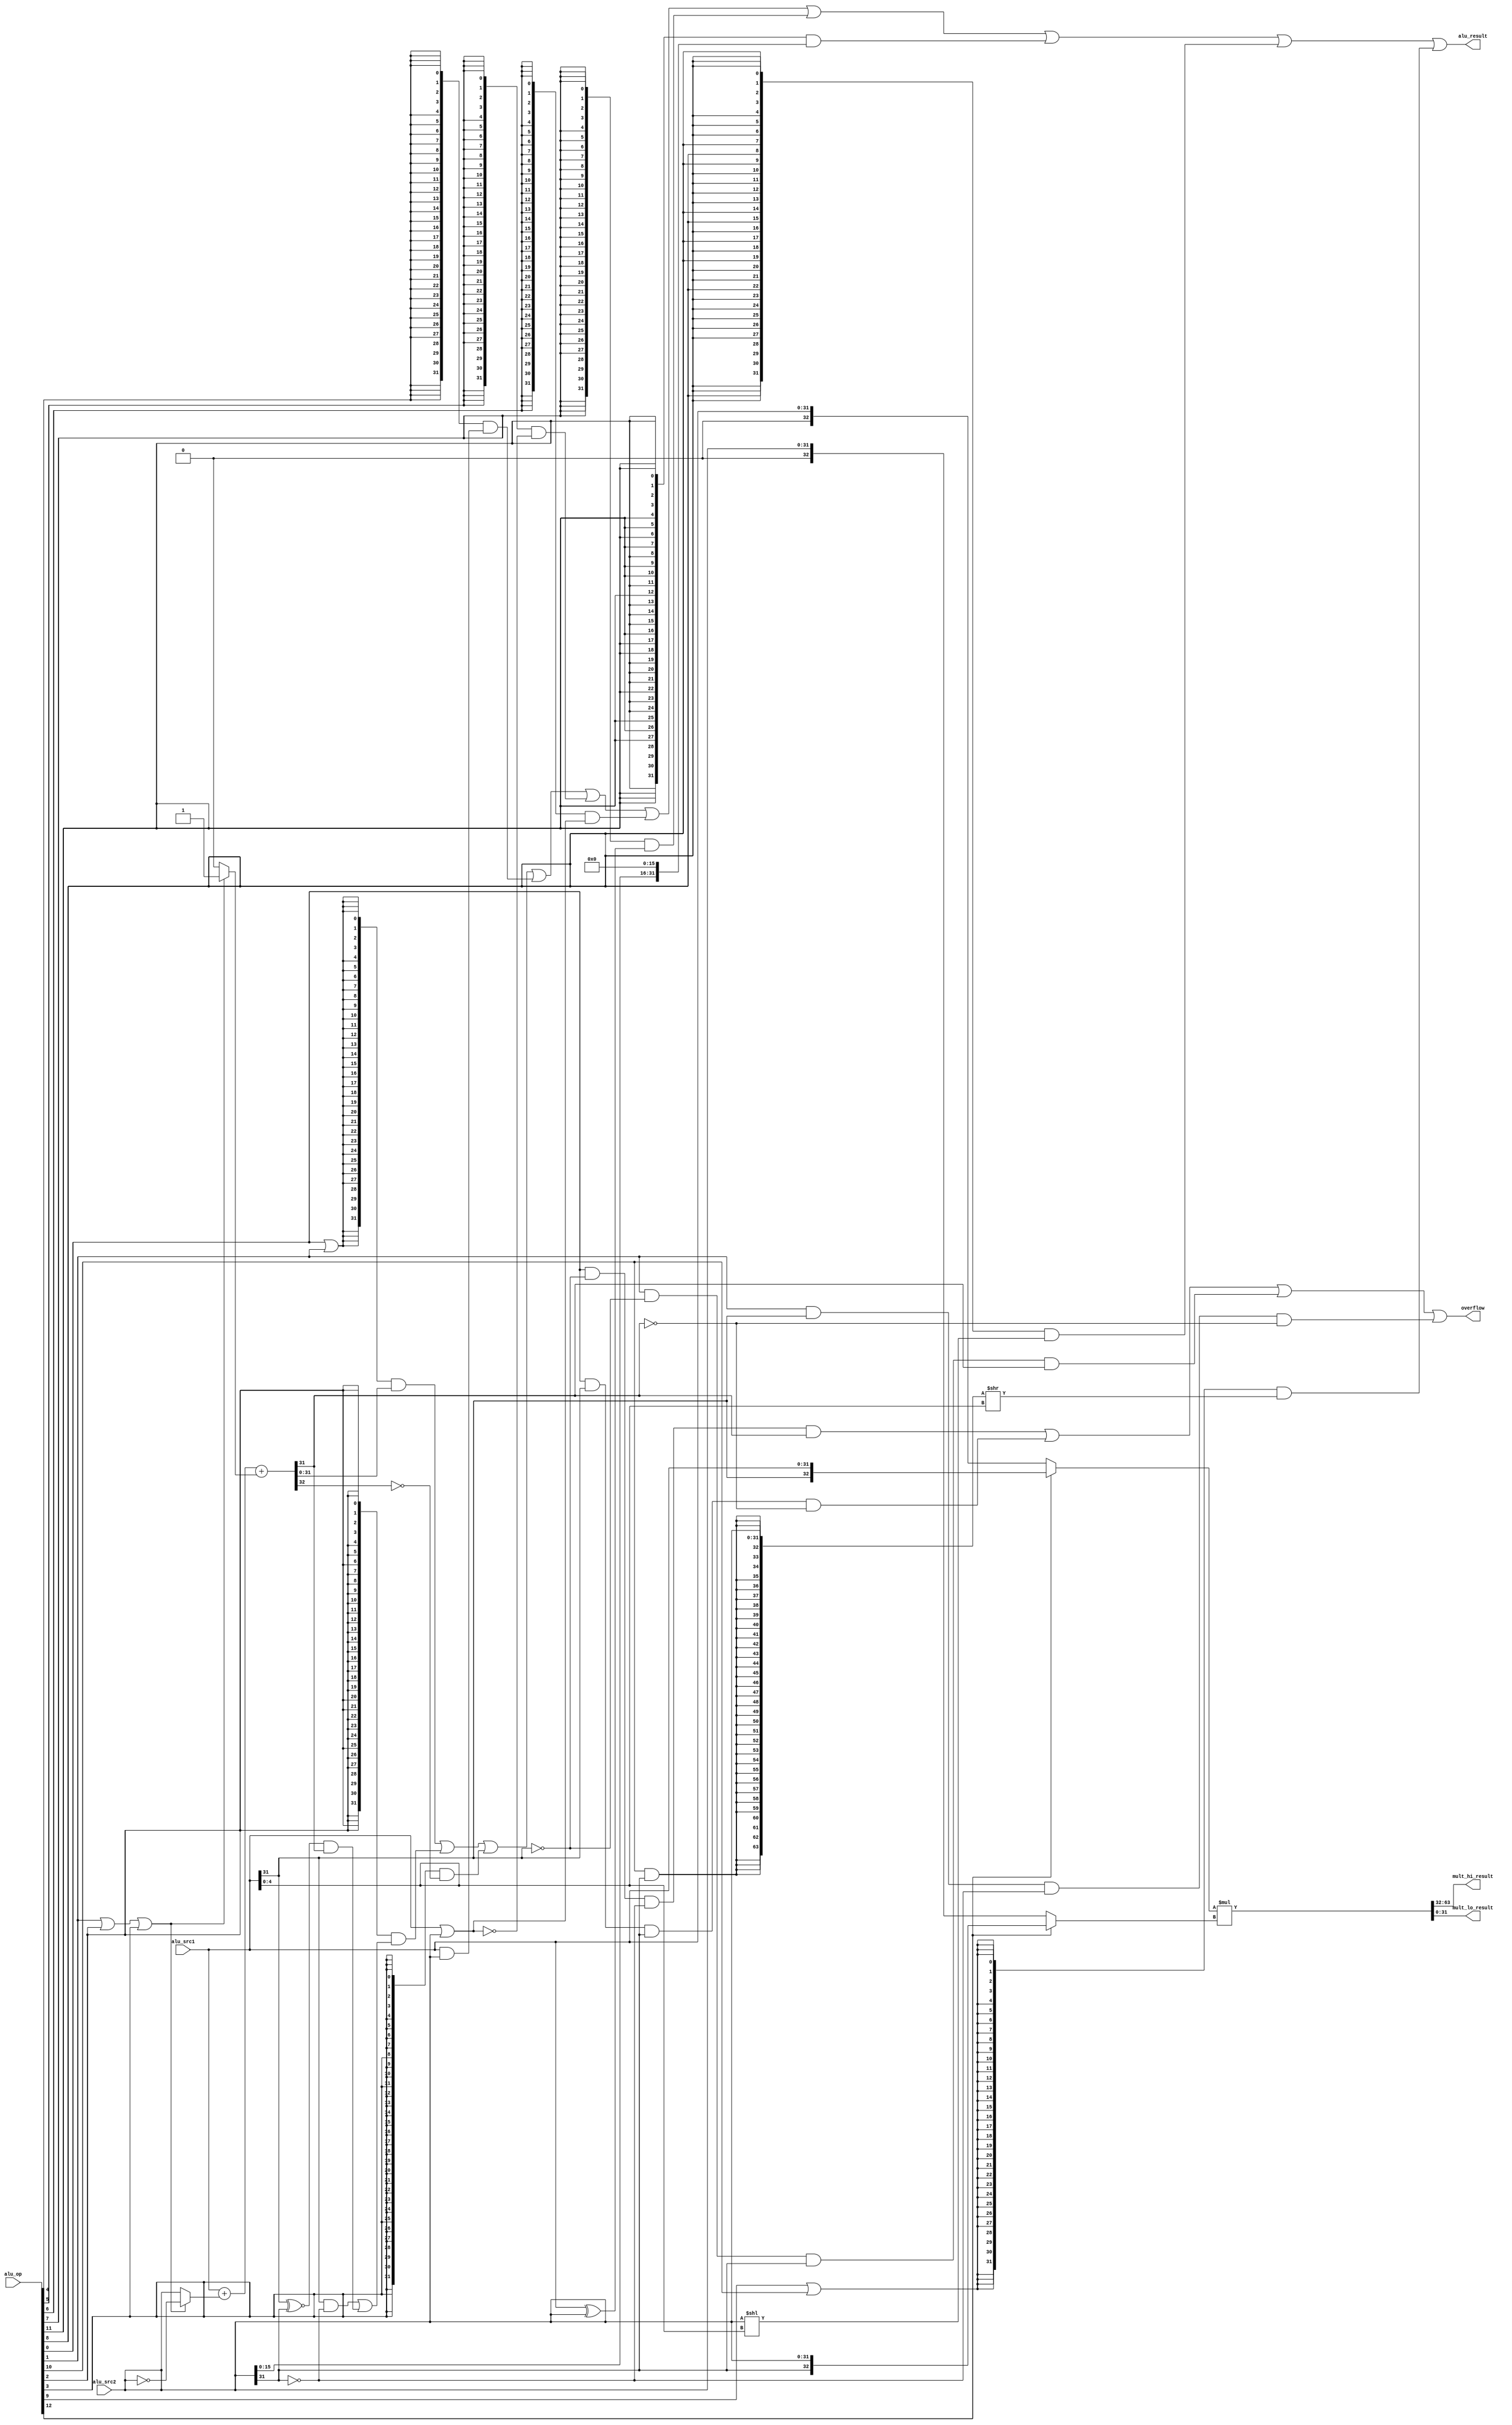
module alu(
  input  [13:0] alu_op,
  input  [31:0] alu_src1,
  input  [31:0] alu_src2,
  output [31:0] alu_result,
  output [31:0] mult_hi_result,
  output [31:0] mult_lo_result,
  output overflow
);

wire op_add;   //
wire op_sub;   //
wire op_slt;   //
wire op_sltu;  //
wire op_and;   //
wire op_nor;   //
wire op_or;    //
wire op_xor;   //
wire op_sll;   //
wire op_srl;   //
wire op_sra;   //
wire op_lui;   //
wire op_multu; //
wire op_mult;  //

// control code decomposition
assign op_add  = alu_op[ 0];
assign op_sub  = alu_op[ 1];
assign op_slt  = alu_op[ 2];
assign op_sltu = alu_op[ 3];
assign op_and  = alu_op[ 4];
assign op_nor  = alu_op[ 5];
assign op_or   = alu_op[ 6];
assign op_xor  = alu_op[ 7];
assign op_sll  = alu_op[ 8];
assign op_srl  = alu_op[ 9];
assign op_sra  = alu_op[10];
assign op_lui  = alu_op[11];
assign op_mult = alu_op[12];
assign op_multu = alu_op[13];

wire [31:0] add_sub_result; 
wire [31:0] slt_result; 
wire [31:0] sltu_result;
wire [31:0] and_result;
wire [31:0] nor_result;
wire [31:0] or_result;
wire [31:0] xor_result;
wire [31:0] lui_result;
wire [31:0] sll_result; 
wire [63:0] sr64_result; 
wire [31:0] sr_result;
wire [65:0] mult_result; 
wire [32:0] mult_src1;
wire [32:0] mult_src2;

// 32-bit adder
wire [31:0] adder_a;
wire [31:0] adder_b;
wire        adder_cin;
wire [31:0] adder_result;
wire        adder_cout;

assign adder_a   = alu_src1;
assign adder_b   = (op_sub | op_slt | op_sltu) ? ~alu_src2 : alu_src2;
assign adder_cin = (op_sub | op_slt | op_sltu) ? 1'b1      : 1'b0;
assign {adder_cout, adder_result} = adder_a + adder_b + adder_cin;

// ADD, SUB result
assign add_sub_result = adder_result;

// SLT result
assign slt_result[31:1] = 31'b0;
assign slt_result[0]    = (alu_src1[31] & ~alu_src2[31])
                        | ((alu_src1[31] ~^ alu_src2[31]) & adder_result[31]);

// SLTU result
assign sltu_result[31:1] = 31'b0;
assign sltu_result[0]    = ~adder_cout;

// bitwise operation
assign and_result = alu_src1 & alu_src2;
assign or_result  = alu_src1 | alu_src2 ;
assign nor_result = ~or_result;
assign xor_result = alu_src1 ^ alu_src2;
assign lui_result = {alu_src2[15:0], 16'b0};

// SLL result 
assign sll_result = alu_src2 << alu_src1[4:0];

// SRL, SRA result
assign sr64_result = {{32{op_sra & alu_src2[31]}}, alu_src2[31:0]} >> alu_src1[4:0];

assign sr_result   = sr64_result[31:0];

// final result mux
assign alu_result = ({32{op_add|op_sub}} & add_sub_result)
                  | ({32{op_slt       }} & slt_result)
                  | ({32{op_sltu      }} & sltu_result)
                  | ({32{op_and       }} & and_result)
                  | ({32{op_nor       }} & nor_result)
                  | ({32{op_or        }} & or_result)
                  | ({32{op_xor       }} & xor_result)
                  | ({32{op_lui       }} & lui_result)
                  | ({32{op_sll       }} & sll_result)
                  | ({32{op_srl|op_sra}} & sr_result);

// Mult Result
assign mult_src1 = op_mult ? {{alu_src1[31]},alu_src1} : {{1'b0},alu_src1} ;
assign mult_src2 = op_mult ? {{alu_src2[31]},alu_src2} : {{1'b0},alu_src2} ;
assign mult_result = $signed(mult_src1) * $signed(mult_src2);
assign mult_hi_result = mult_result[63:32];
assign mult_lo_result = mult_result[31:0];


assign overflow   = (op_add & ~(alu_src1[31]) & ~(alu_src2[31]) &  add_sub_result[31])
                  | (op_add &  (alu_src1[31]) &  (alu_src2[31]) & ~add_sub_result[31])
                  | (op_sub & ~(alu_src1[31]) &  (alu_src2[31]) &  add_sub_result[31])            
                  | (op_sub &  (alu_src1[31]) & ~(alu_src2[31]) & ~add_sub_result[31]);
                  
endmodule